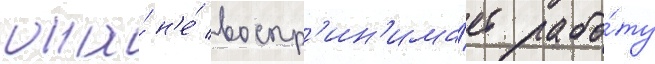
она́ н'е́ воспр'ин'има́ет рабо́ту